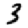
Digit: 3